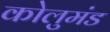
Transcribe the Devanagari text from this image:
कोलुमंड